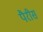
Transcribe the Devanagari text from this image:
पैरीस